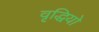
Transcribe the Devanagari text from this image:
वृद्धियो